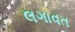
લગાવત